Annual vaccination report of Bihar and Orissa - 1911-1928
Year: 1911
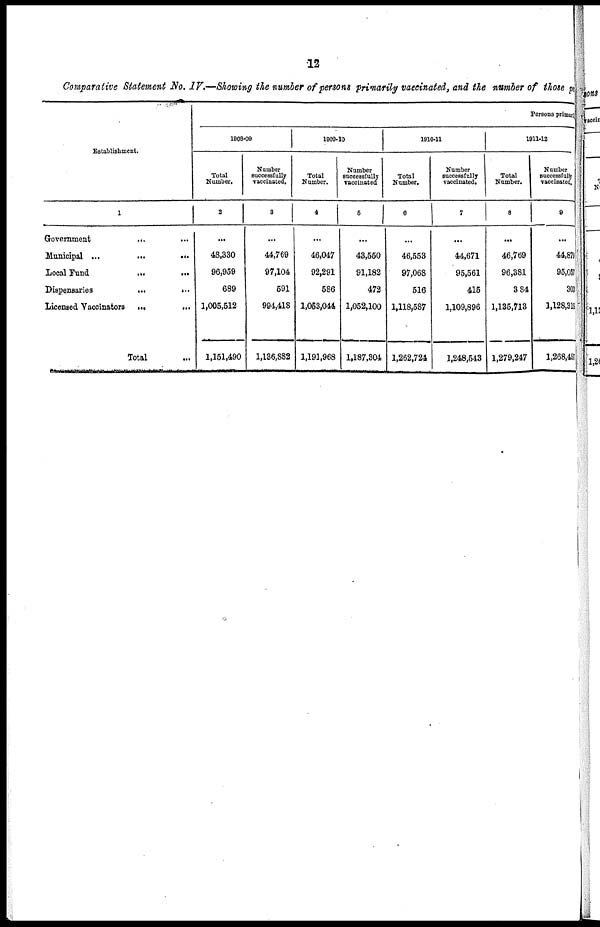
12
Comparative Statement No. IV.—Showing the number of persons primarily vaccinated, and the number of those per
Establishment.
1
Government
...
...
Municipal
...
...
...
Local Fund
...
...
...
Dispensaries
...
...
...
Licensed Vaccinators
...
...
Total ...
Persons primary
1808-09
Total
Number.
2
...
48,330
96,959
689
1,005,512
1,151,490
Number
successfully
vaccinated.
3
...
44,769
97,104
591
994,418
1,136,882
1909-10
Total
Number.
4
...
46,047
92,291
586
1,053,044
1,191,968
Number
successfully
vaccinated
5
...
43,550
91,182
472
1,052,100
1,187,304
1910-11
Total
Number.
6
...
46,553
97,068
516
1,118,587
1,262,724
Number
successfully
vaccinated.
7
...
44,671
95,561
415
1,109,896
1,248,543
1911-12
Total
Number.
8
...
46,769
96,381
384
1,135,713
1,279,247
Number
successfully
vaccinated.
9
...
44,879
95,051
303
1,128,318
1,268,497